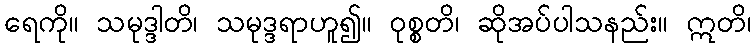
ရေကို။ သမုဒ္ဒါတိ၊ သမုဒ္ဒရာဟူ၍။ ဝုစ္စတိ၊ ဆိုအပ်ပါသနည်း။ ဣတိ၊